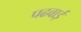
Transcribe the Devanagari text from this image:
पढवाई